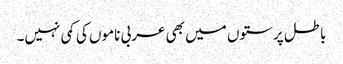
باطل پرستوں میں بھی عربی ناموں کی کمی نہیں۔